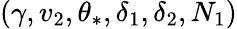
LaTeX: (\gamma,v_{2},\theta_{\ast},\delta_{1},\delta_{2},N_{1})